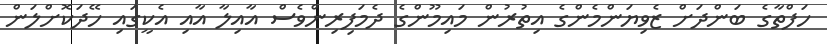
ހަފްތާގެ ބަންދަށް ޒެވިޔަންމެންގެ އިތުރުން މައިމޫންގެ ދެމަފިރިންވެސް އާއިލާ އާއި އެކީގައި ހޭދަކޮށްލަން